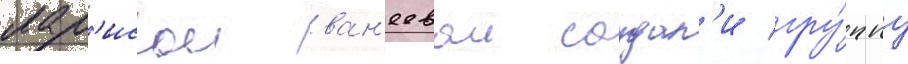
лар'исои ван'еевои создал'и гру́ппу